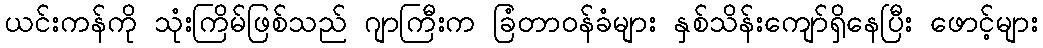
ယင်းကန်ကို သုံးကြိမ်ဖြစ်သည် ဂျာကြီးက ခြံတာဝန်ခံများ နှစ်သိန်းကျော်ရှိနေပြီး ဖောင့်များ